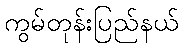
ကွမ်တုန်းပြည်နယ်